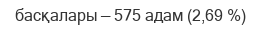
басқалары — 575 адам (2,69 %)